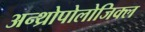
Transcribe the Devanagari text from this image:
अन्थ्रोपोलोजिक्ल